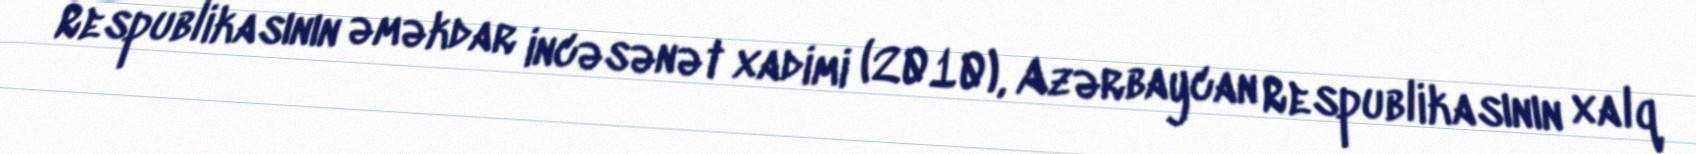
Respublikasının əməkdar incəsənət xadimi (2010), Azərbaycan Respublikasının xalq